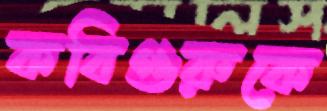
কবিগুরুকে